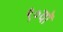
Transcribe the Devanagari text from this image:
९०वॉ